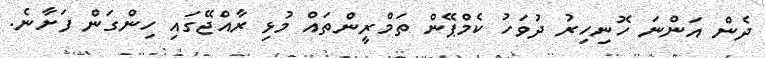
ދެން އަންނަ ހޮނިހިރު ދުވަހު ކެމްޕޭން ތަމްރީންތައް މުޅި ރާއްޖޭގައި ހިންގަން ފަށާނެ.